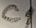
Text: C1